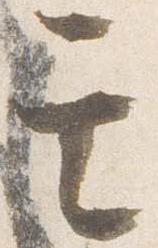
其